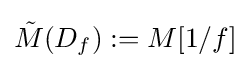
{\tilde {M}}(D_{f}):=M[1/f]